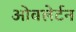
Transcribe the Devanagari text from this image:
ओवलेर्टन